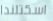
اسكتلندا